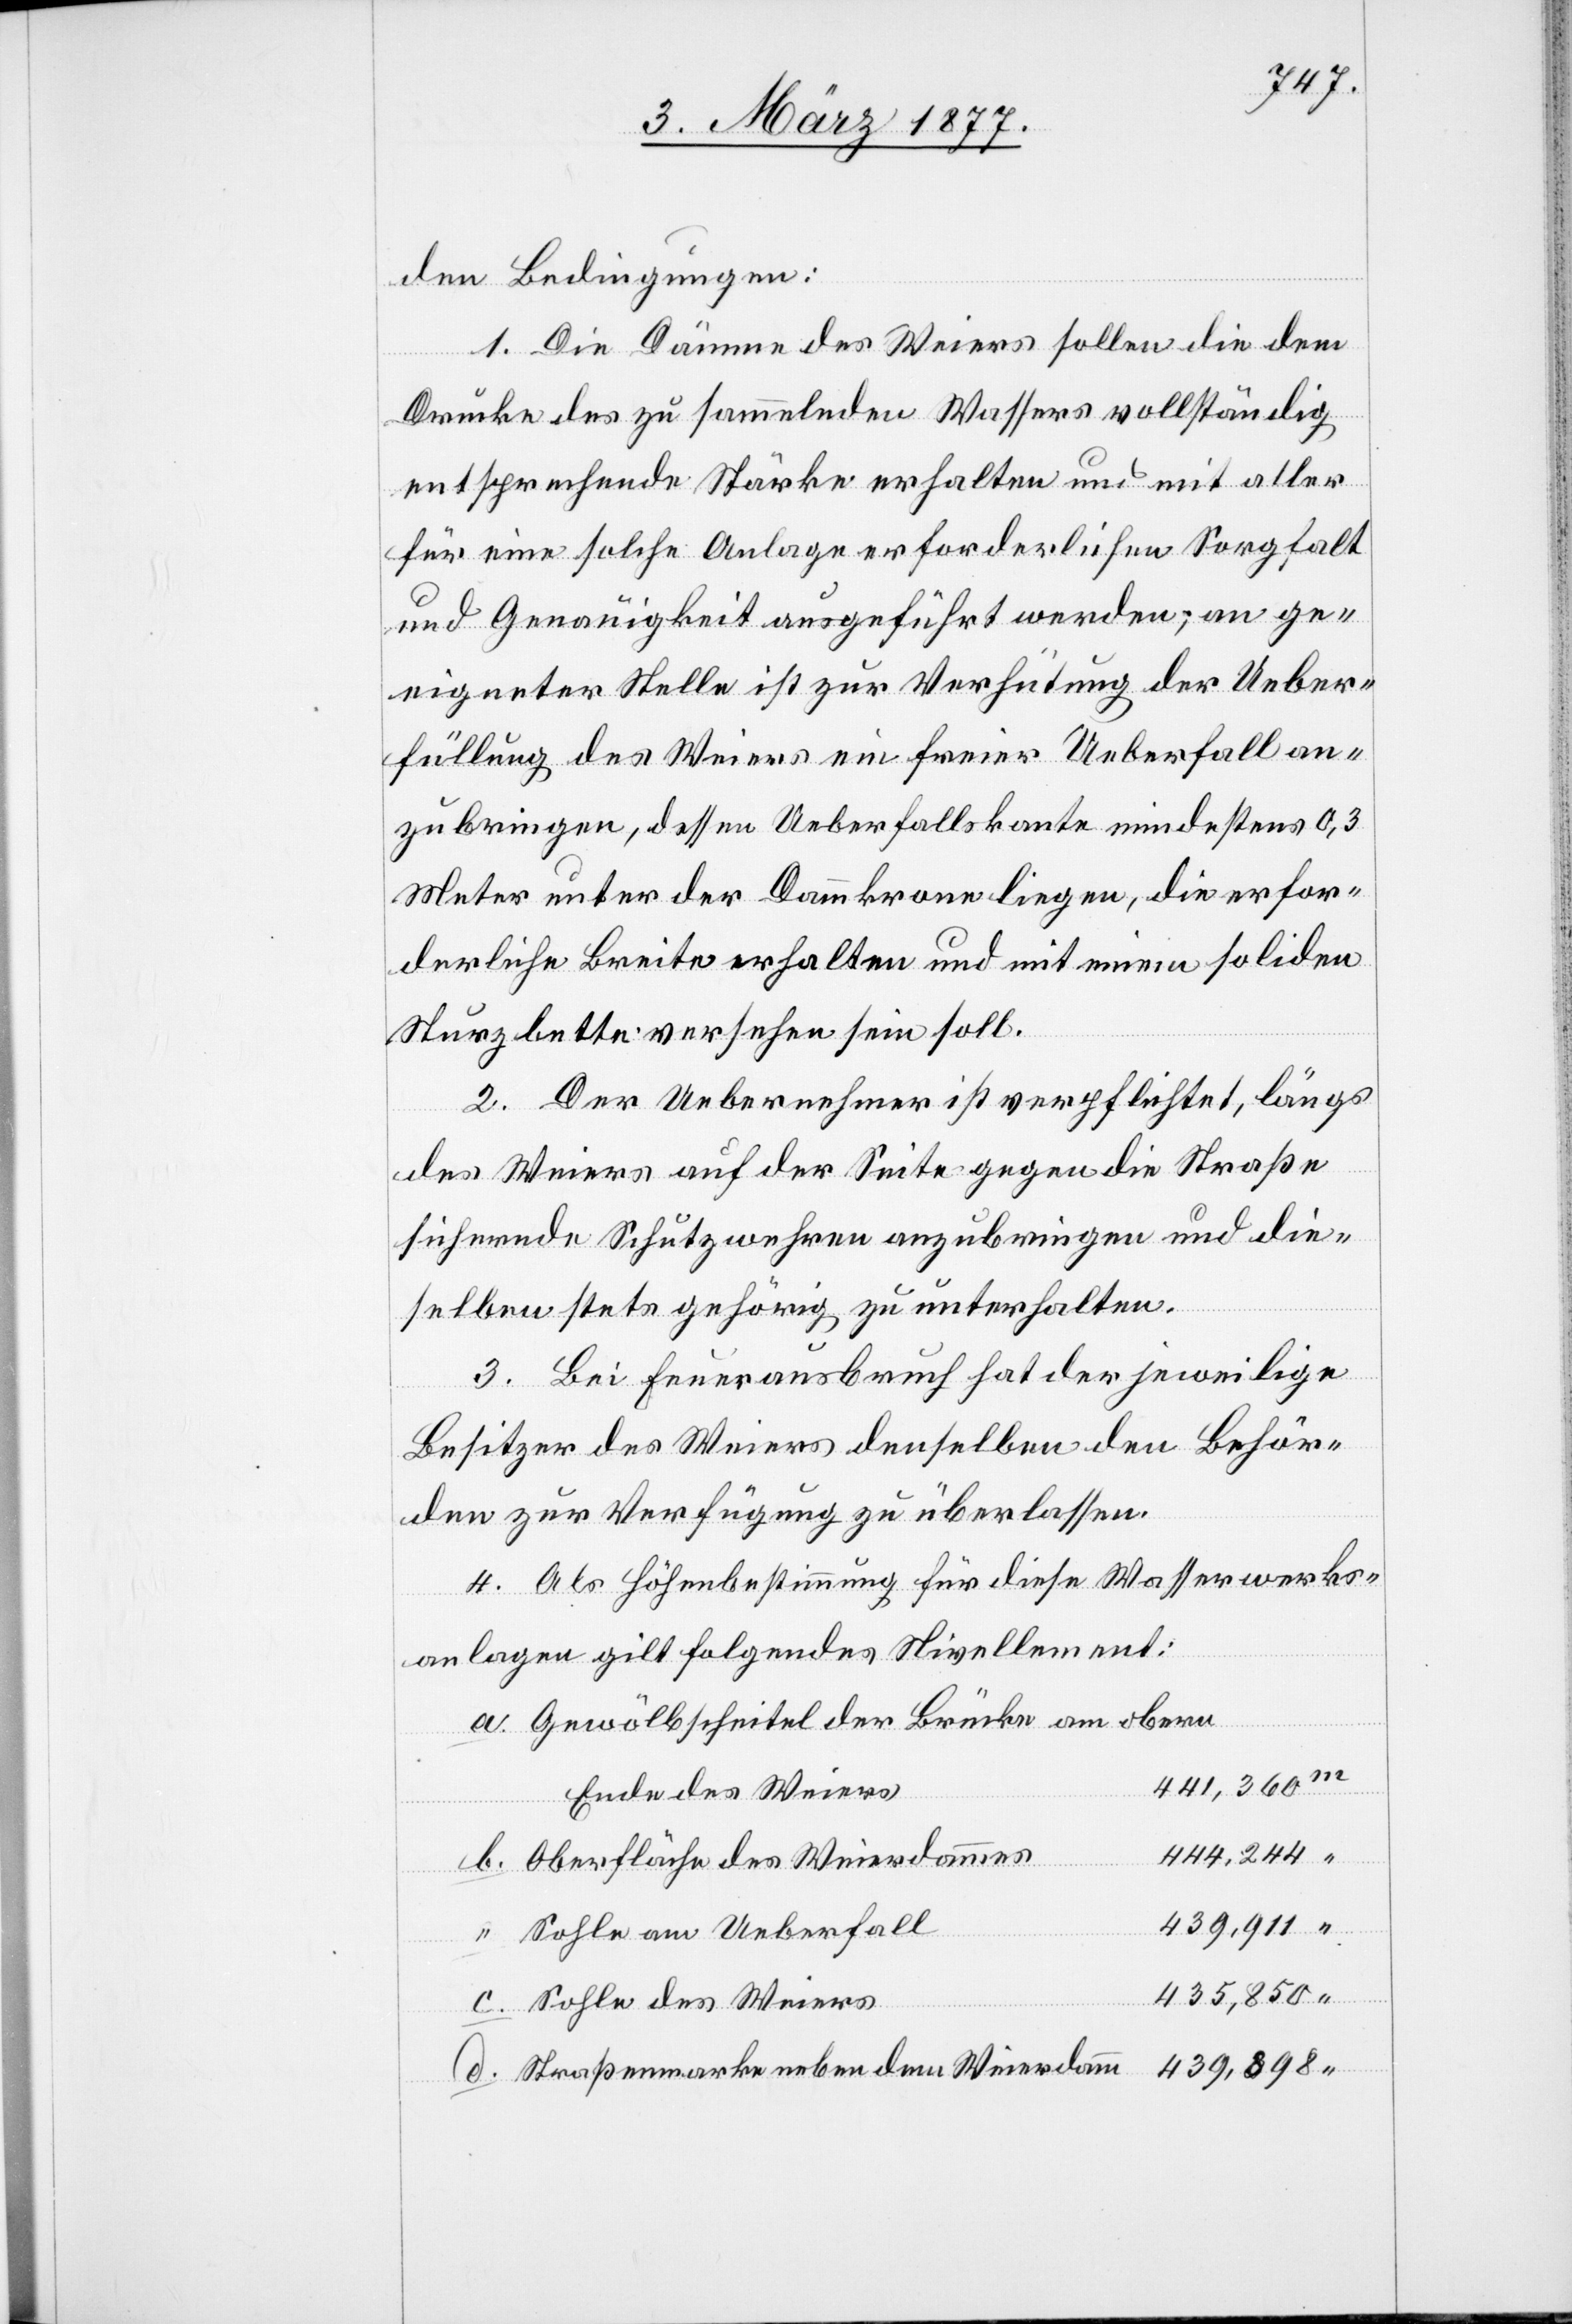
den Bedingungen:
1. Die Dämme des Weiers sollen die dem
Drucke des zu sammelnden Wassers vollständig
entsprechende Stärke erhalten und mit aller
für eine solche Anlage erforderlichen Sorgfalt
und Genauigkeit ausgeführt werden; an ge¬
eigneter Stelle ist zur Verhütung der Ueber¬
füllung des Weiers ein freier Ueberfall an¬
zubringen, dessen Ueberfallskante mindestens 0,3
Meter unter der Dammkrone liegen, die erfor¬
derliche Breite erhalten und mit einem soliden
Sturzbette versehen sein soll.
2. Der Uebernehmer ist verpflichtet, längs
des Weiers auf der Seite gegen die Straße
sichernde Schutzwehren anzubringen und die¬
selben stets gehörig zu unterhalten.
3. Bei Feuerausbruch hat der jeweilige
Besitzer des Weiers denselben den Behör¬
den zur Verfügung zu überlassen.
4. Als Höhenbestimmung für diese Wasserwerks¬
anlage gilt folgendes Nivellement:
Gewölbescheitel der Brücke am obern
441,360
Ende des Weiers
444,244
Oberfläche des Weierdammes
439,911
Sohle am Ueberfall
435,850
Sohle des Weiers
439,898
Straßenmarke neben dem Weierdam¬

m